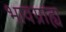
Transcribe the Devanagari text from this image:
भावग्राह्य